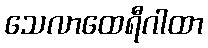
သေလာထေရီဂါထာ